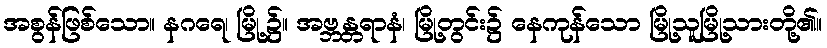
အစွန်ဖြစ်သော။ နဂရေ၊ မြို့၌။ အဗ္ဘန္တရာနံ၊ မြို့တွင်း၌ နေကုန်သော မြို့သူမြို့သားတို့၏။